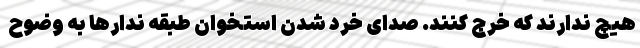
هیچ ندارند که خرج کنند. صدای خُرد شدن استخوان طبقه ندارها به وضوح